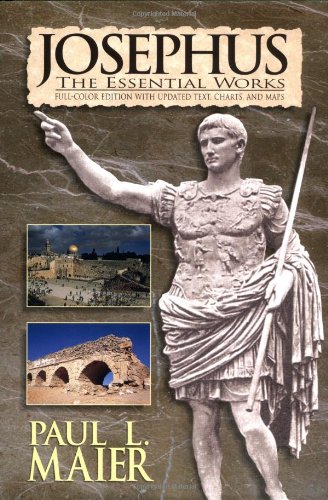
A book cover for Josephus: The Essential Works; Flavius Josephus; Literature & Fiction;